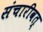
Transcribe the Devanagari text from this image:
संचारीवत्